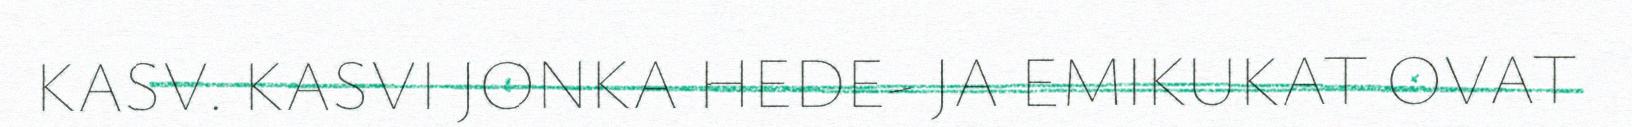
KASV. KASVI JONKA HEDE- JA EMIKUKAT OVAT